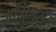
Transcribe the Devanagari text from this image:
अभिमुख्ता